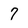
Character: 7